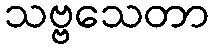
သဗ္ဗသေတာ